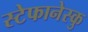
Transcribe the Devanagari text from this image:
स्टेफानेस्कु